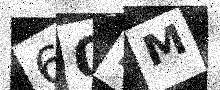
Text: 60EM